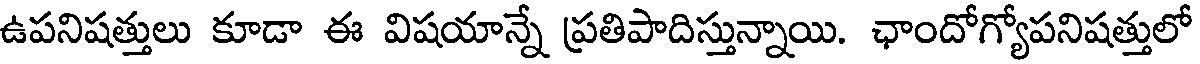
ఉపనిషత్తులు కూడా ఈ విషయాన్నే ప్రతిపాదిస్తున్నాయి. ఛాందోగ్యోపనిషత్తులో